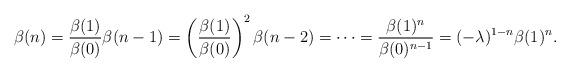
LaTeX: \begin{align*}\beta(n)=\frac{\beta(1)}{\beta(0)}\beta(n-1)=\left(\frac{\beta(1)}{\beta(0)}\right)^2\beta(n-2)=\cdots=\frac{\beta(1)^n}{\beta(0)^{n-1}}=(-\lambda)^{1-n}\beta(1)^n.\end{align*}